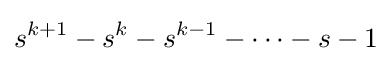
s^{k+1}-s^{k}-s^{k-1}-\dots -s-1